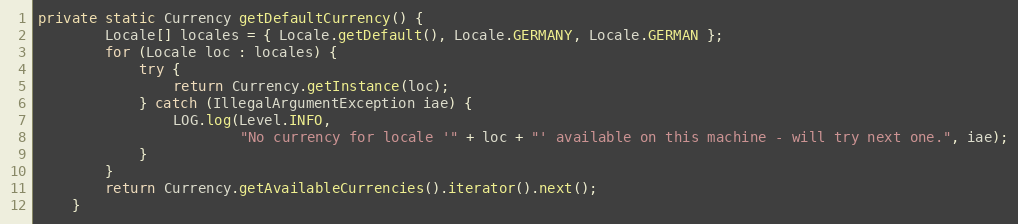
Language: Java
private static Currency getDefaultCurrency() {
        Locale[] locales = { Locale.getDefault(), Locale.GERMANY, Locale.GERMAN };
        for (Locale loc : locales) {
            try {
                return Currency.getInstance(loc);
            } catch (IllegalArgumentException iae) {
                LOG.log(Level.INFO,
                        "No currency for locale '" + loc + "' available on this machine - will try next one.", iae);
            }
        }
        return Currency.getAvailableCurrencies().iterator().next();
    }